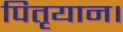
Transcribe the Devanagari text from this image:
पितृयान।